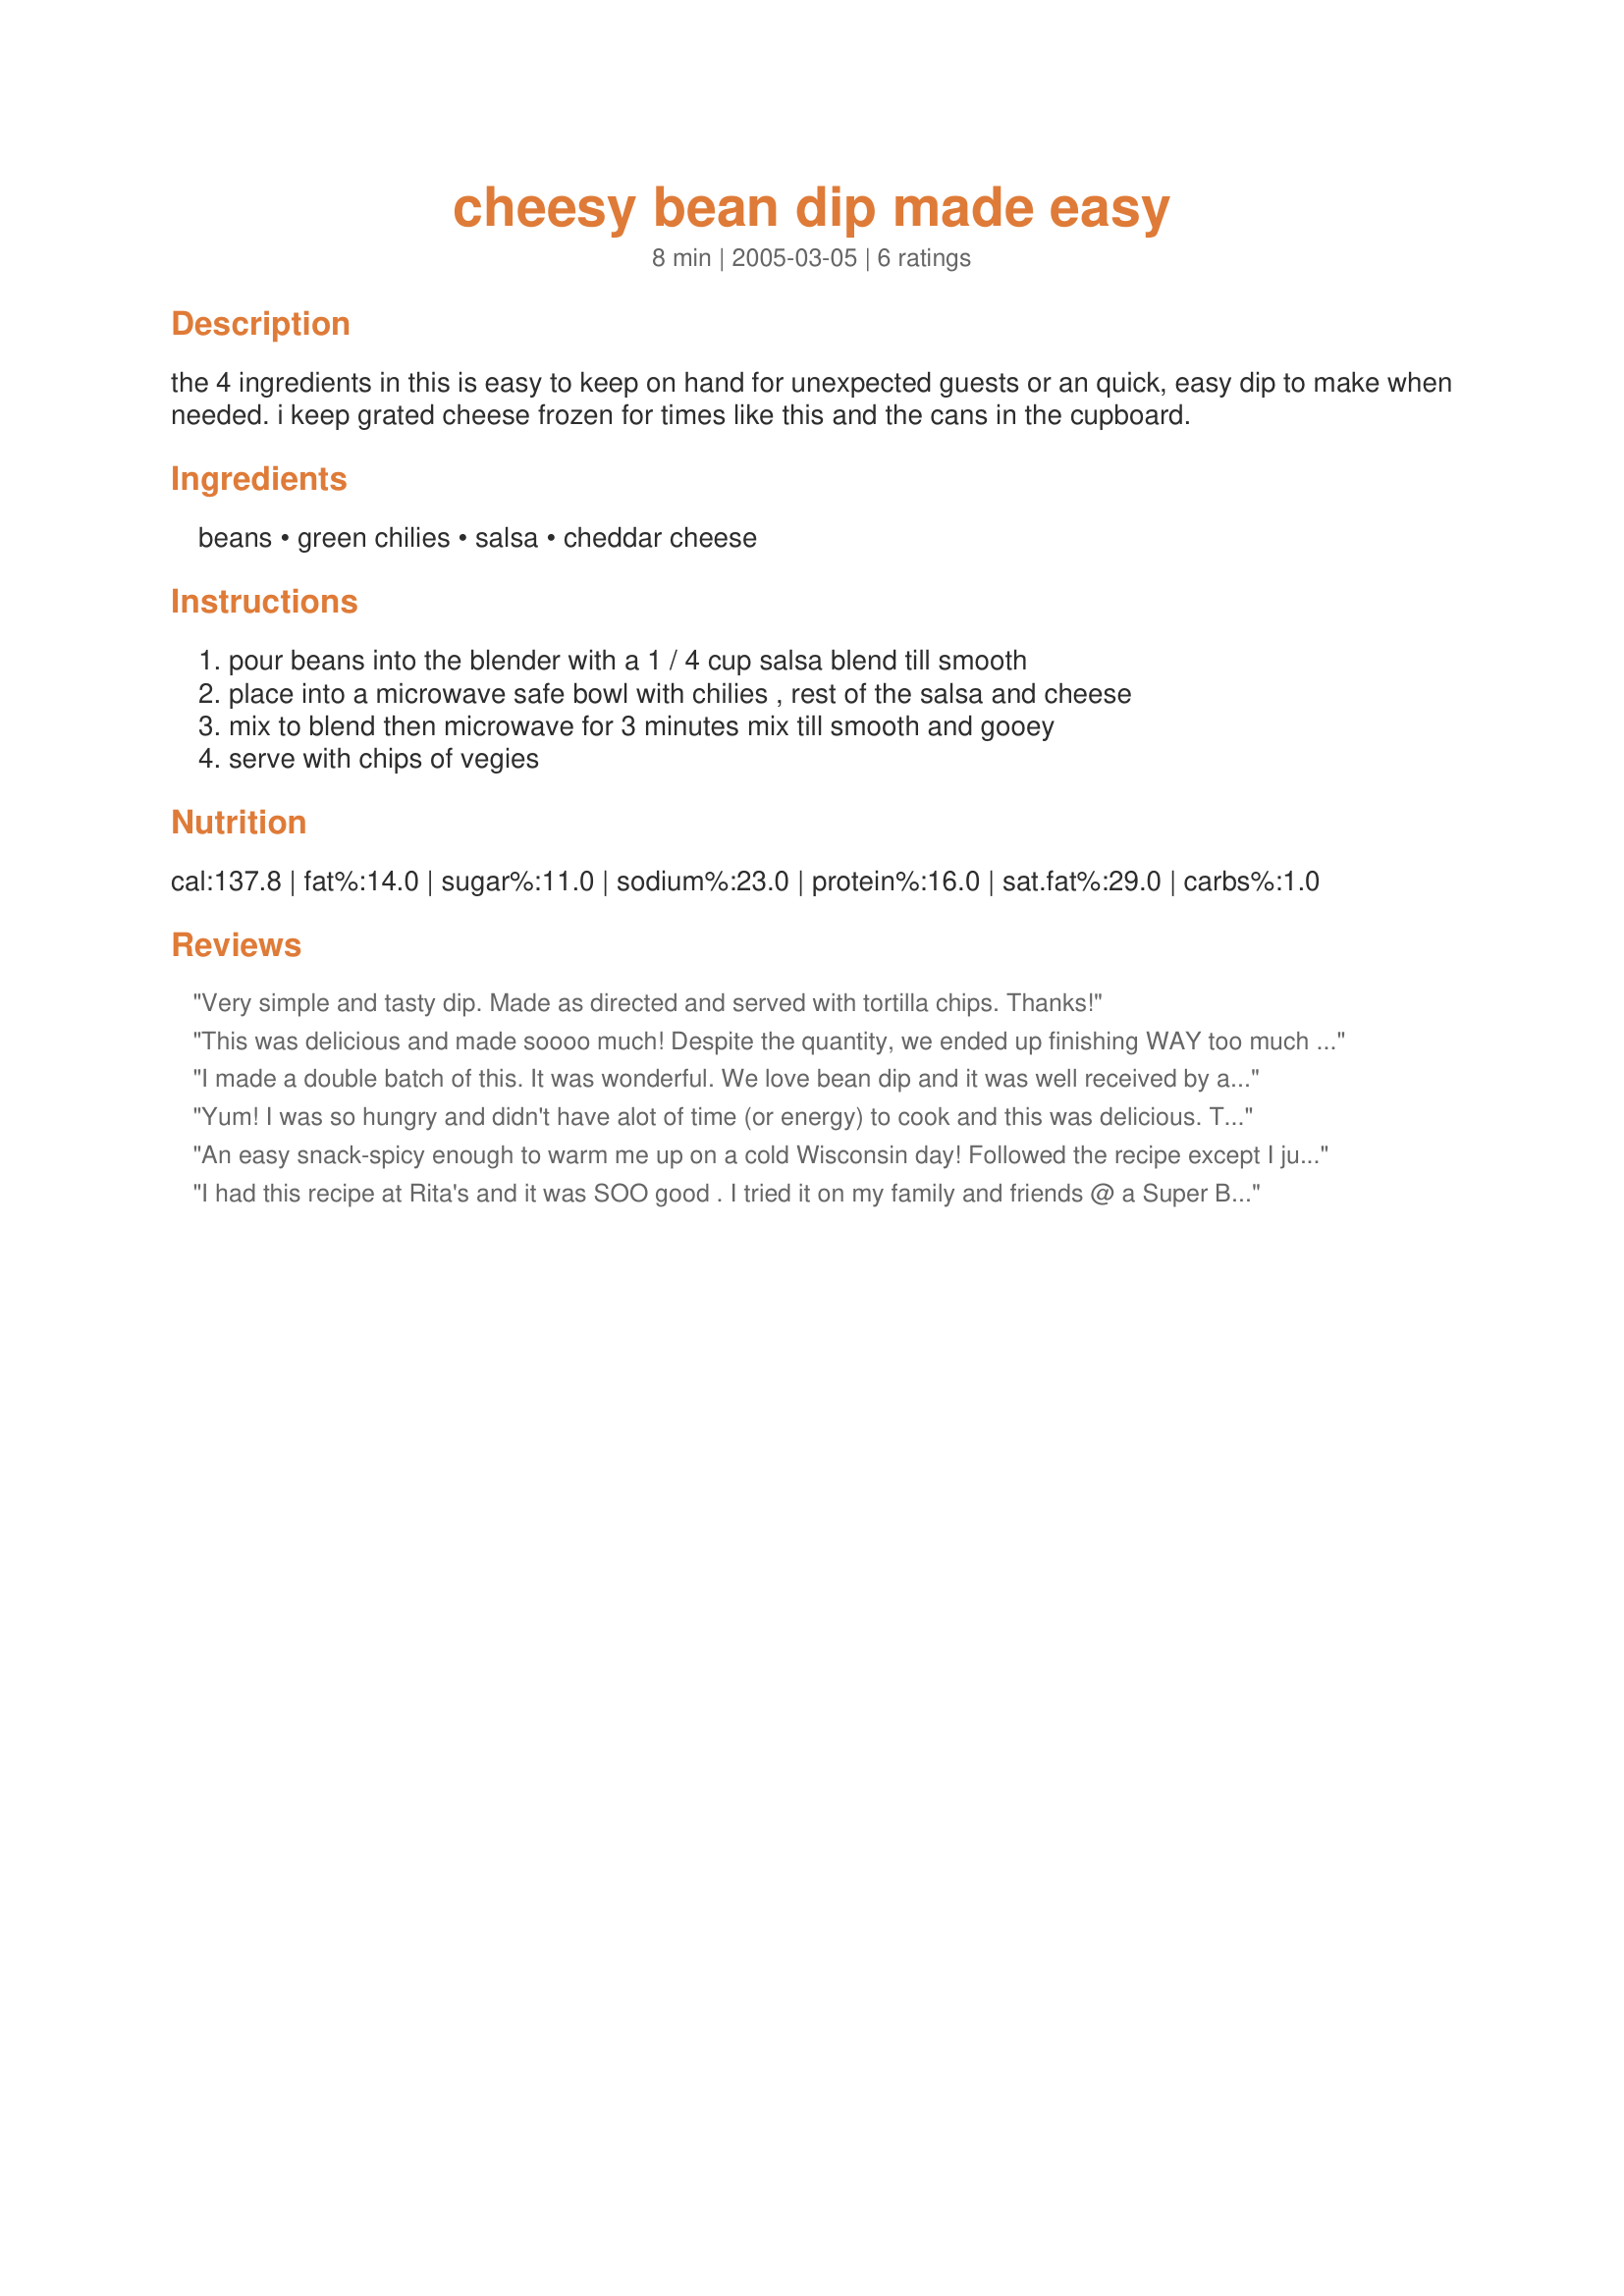
cheesy bean dip made easy
Preparation time: 8 minutes

the 4 ingredients in this is easy to keep on hand for unexpected guests or an quick, easy dip to make when needed. i keep grated cheese frozen for times like this and the cans in the cupboard.

Ingredients:
beans, green chilies, salsa, cheddar cheese

Steps:
pour beans into the blender with a 1 / 4 cup salsa blend till smooth, place into a microwave safe bowl with chilies , rest of the salsa and cheese, mix to blend then microwave for 3 minutes mix till smooth and gooey, serve with chips of vegies

Reviews:
Very simple and tasty dip. Made as directed and served with tortilla chips. Thanks!
This was delicious and made soooo much! Despite the quantity, we ended up finishing WAY too much of it. I added a bit less cheese and salsa than called for but only because it wouldn't fit into my bowl.
I made a double batch of this. It was wonderful. We love bean dip and it was well received by all who tried it. I used the food processor and then put it in the crockpot. I served this with corn chips and fried flour tortillas....yummy. Thank you for a regular in our house.....Stephanie
Yum! I was so hungry and didn't have alot of time (or energy) to cook and this was delicious. Thanks for a great quick dip that I'll share at gatherings! (Maybe garnished with chopped green onion and served in a pretty ceramic bowl to look a little bit more colorful).
An easy snack-spicy enough to warm me up on a cold Wisconsin day! Followed the recipe except I just mashed the beans right in the bowl (to avoid any dishes to wash.) This is delicious; thanks Rita!
I had this recipe at Rita's and it was SOO good . I tried it on my family and friends @ a Super Bowl Party and it all went.
This is a very easy recipe and very good.
Keep giving us GREAT RECIPES Rita.
Your friend,
Dolly
